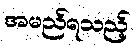
အမည်ရသည့်